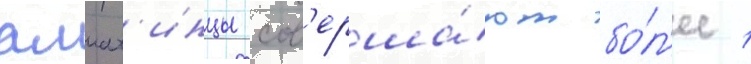
алмат'инцы сов'ерша́ют бо́л'ее 1